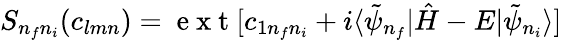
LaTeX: S_{n_{f}n_{i}}(c_{lmn})=\mathrm{~e~x~t~}[c_{1n_{f}n_{i}}+i\langle\tilde{\psi}_{n_{f}}|\hat{H}-E|\tilde{\psi}_{n_{i}}\rangle]